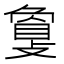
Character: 𢿌